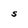
Character: S